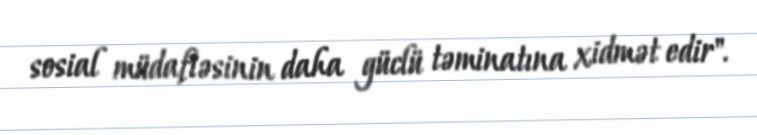
sosial müdafiəsinin daha güclü təminatına xidmət edir".